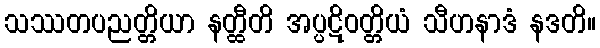
သဿတပညတ္တိယာ နတ္ထီတိ အပ္ပဋိဝတ္တိယံ သီဟနာဒံ နဒတိ။